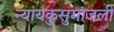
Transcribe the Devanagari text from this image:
न्यायकुसुमांजली